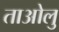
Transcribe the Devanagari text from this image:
ताओलु